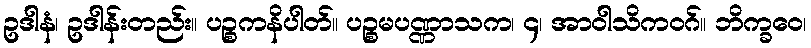
ဥဒါနံ၊ ဥဒါန်းတည်း။ ပဉ္စကနိပါတ်။ ပဉ္စမပဏ္ဏာသက၊ ၄၊ အာဝါသိကဝဂ်။ ဘိက္ခဝေ၊